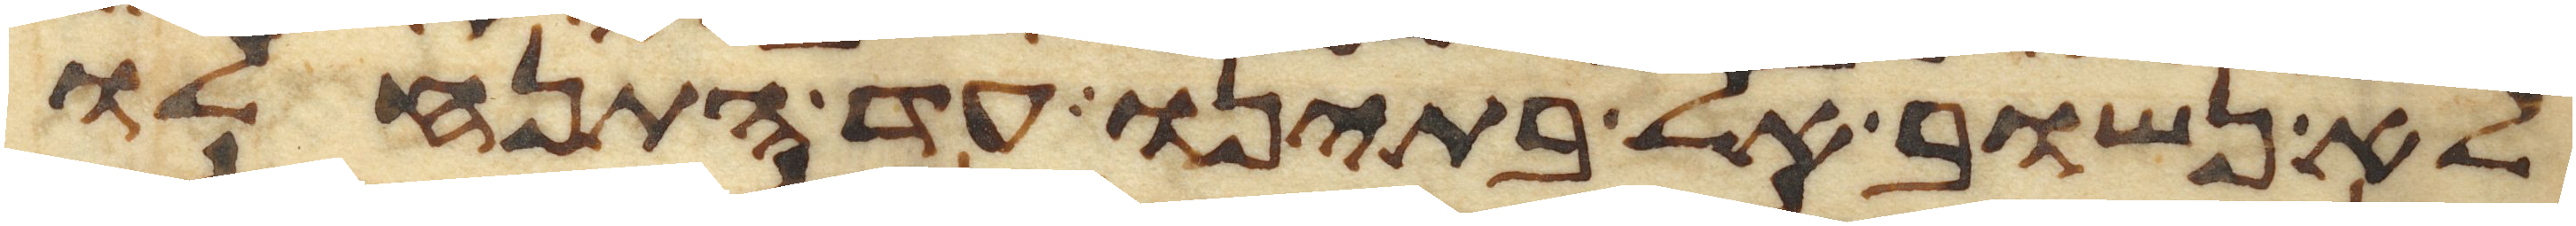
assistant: לא נשוב אל בתינו עד התנחלו